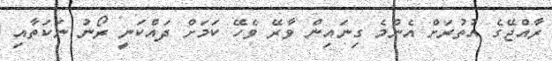
ރާއްޖޭގެ އުތުރަށް އެންމެ ގިނައިން ވާރޭ ވެހޭ ކަމަށް ދައްކަނީ ރޯނު ނަކަތާއި